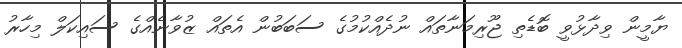
ޔާމީން ވިދާޅުވީ ބޮޑެތި ޖޫރިމަނާތައް ނުދެއްކުމުގެ ސަބަބުން އެތައް ޒުވާނެއްގެ ސައިކަލް މިހާރު